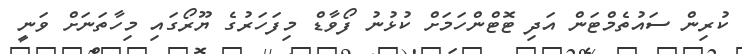
ކުރިން ސައުތެމްޓަން އަދި ޓޮޓްންހަމަށް ކުޅުނު ފޯވާޑް މިފަހަރުގެ ޔޫރޯގައި މިހާތަނަށް ވަނީ